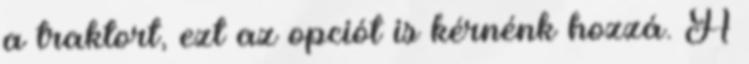
a traktort, ezt az opciót is kérnénk hozzá. A